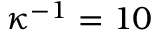
\kappa ^ { - 1 } = 1 0